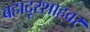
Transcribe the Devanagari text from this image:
बहादूरशाहवर